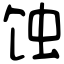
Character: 蚀